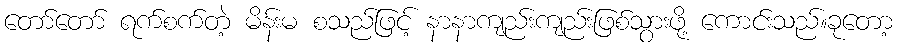
တော်တော် ရက်စက်တဲ့ မိန်းမ စသည်ဖြင့် နာနာကျည်းကျည်းဖြစ်သွားဖို့ ကောင်းသည်။ခုတော့